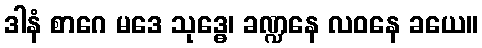
ဒါနံ စာဂေ မဒေ သုဒ္ဓေ၊ ခဏ္ဍနေ လဝနေ ခယေ။